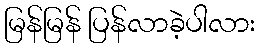
မြန်မြန် ပြန်လာခဲ့ပါလား